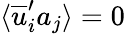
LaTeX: \langle\overline{{u}}_{i}^{\prime}a_{j}\rangle=0